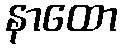
နာထော